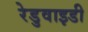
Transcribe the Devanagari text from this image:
रेडुवाइडी